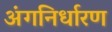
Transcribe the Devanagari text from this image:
अंगनिर्धारण